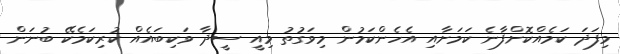
މިފަދަ ކަމެއްކޮށްފާނެ ކަމަށާއި އެހެންކަމުން މިވަގުތު މިއީ ސީދާ ވަކިބައެއް ކުރިކަމެކޭ ބުނަން